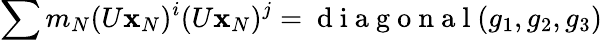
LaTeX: \sum m_{N}(U{\mathbf x}_{N})^{i}(U{\mathbf x}_{N})^{j}=\mathrm{~d~i~a~g~o~n~a~l~}(g_{1},g_{2},g_{3})